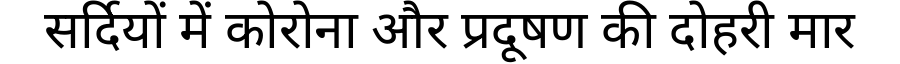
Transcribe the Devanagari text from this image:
सर्दियों में कोरोना और प्रदूषण की दोहरी मार